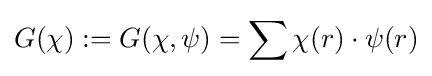
G(\chi ):=G(\chi ,\psi )=\sum \chi (r)\cdot \psi (r)